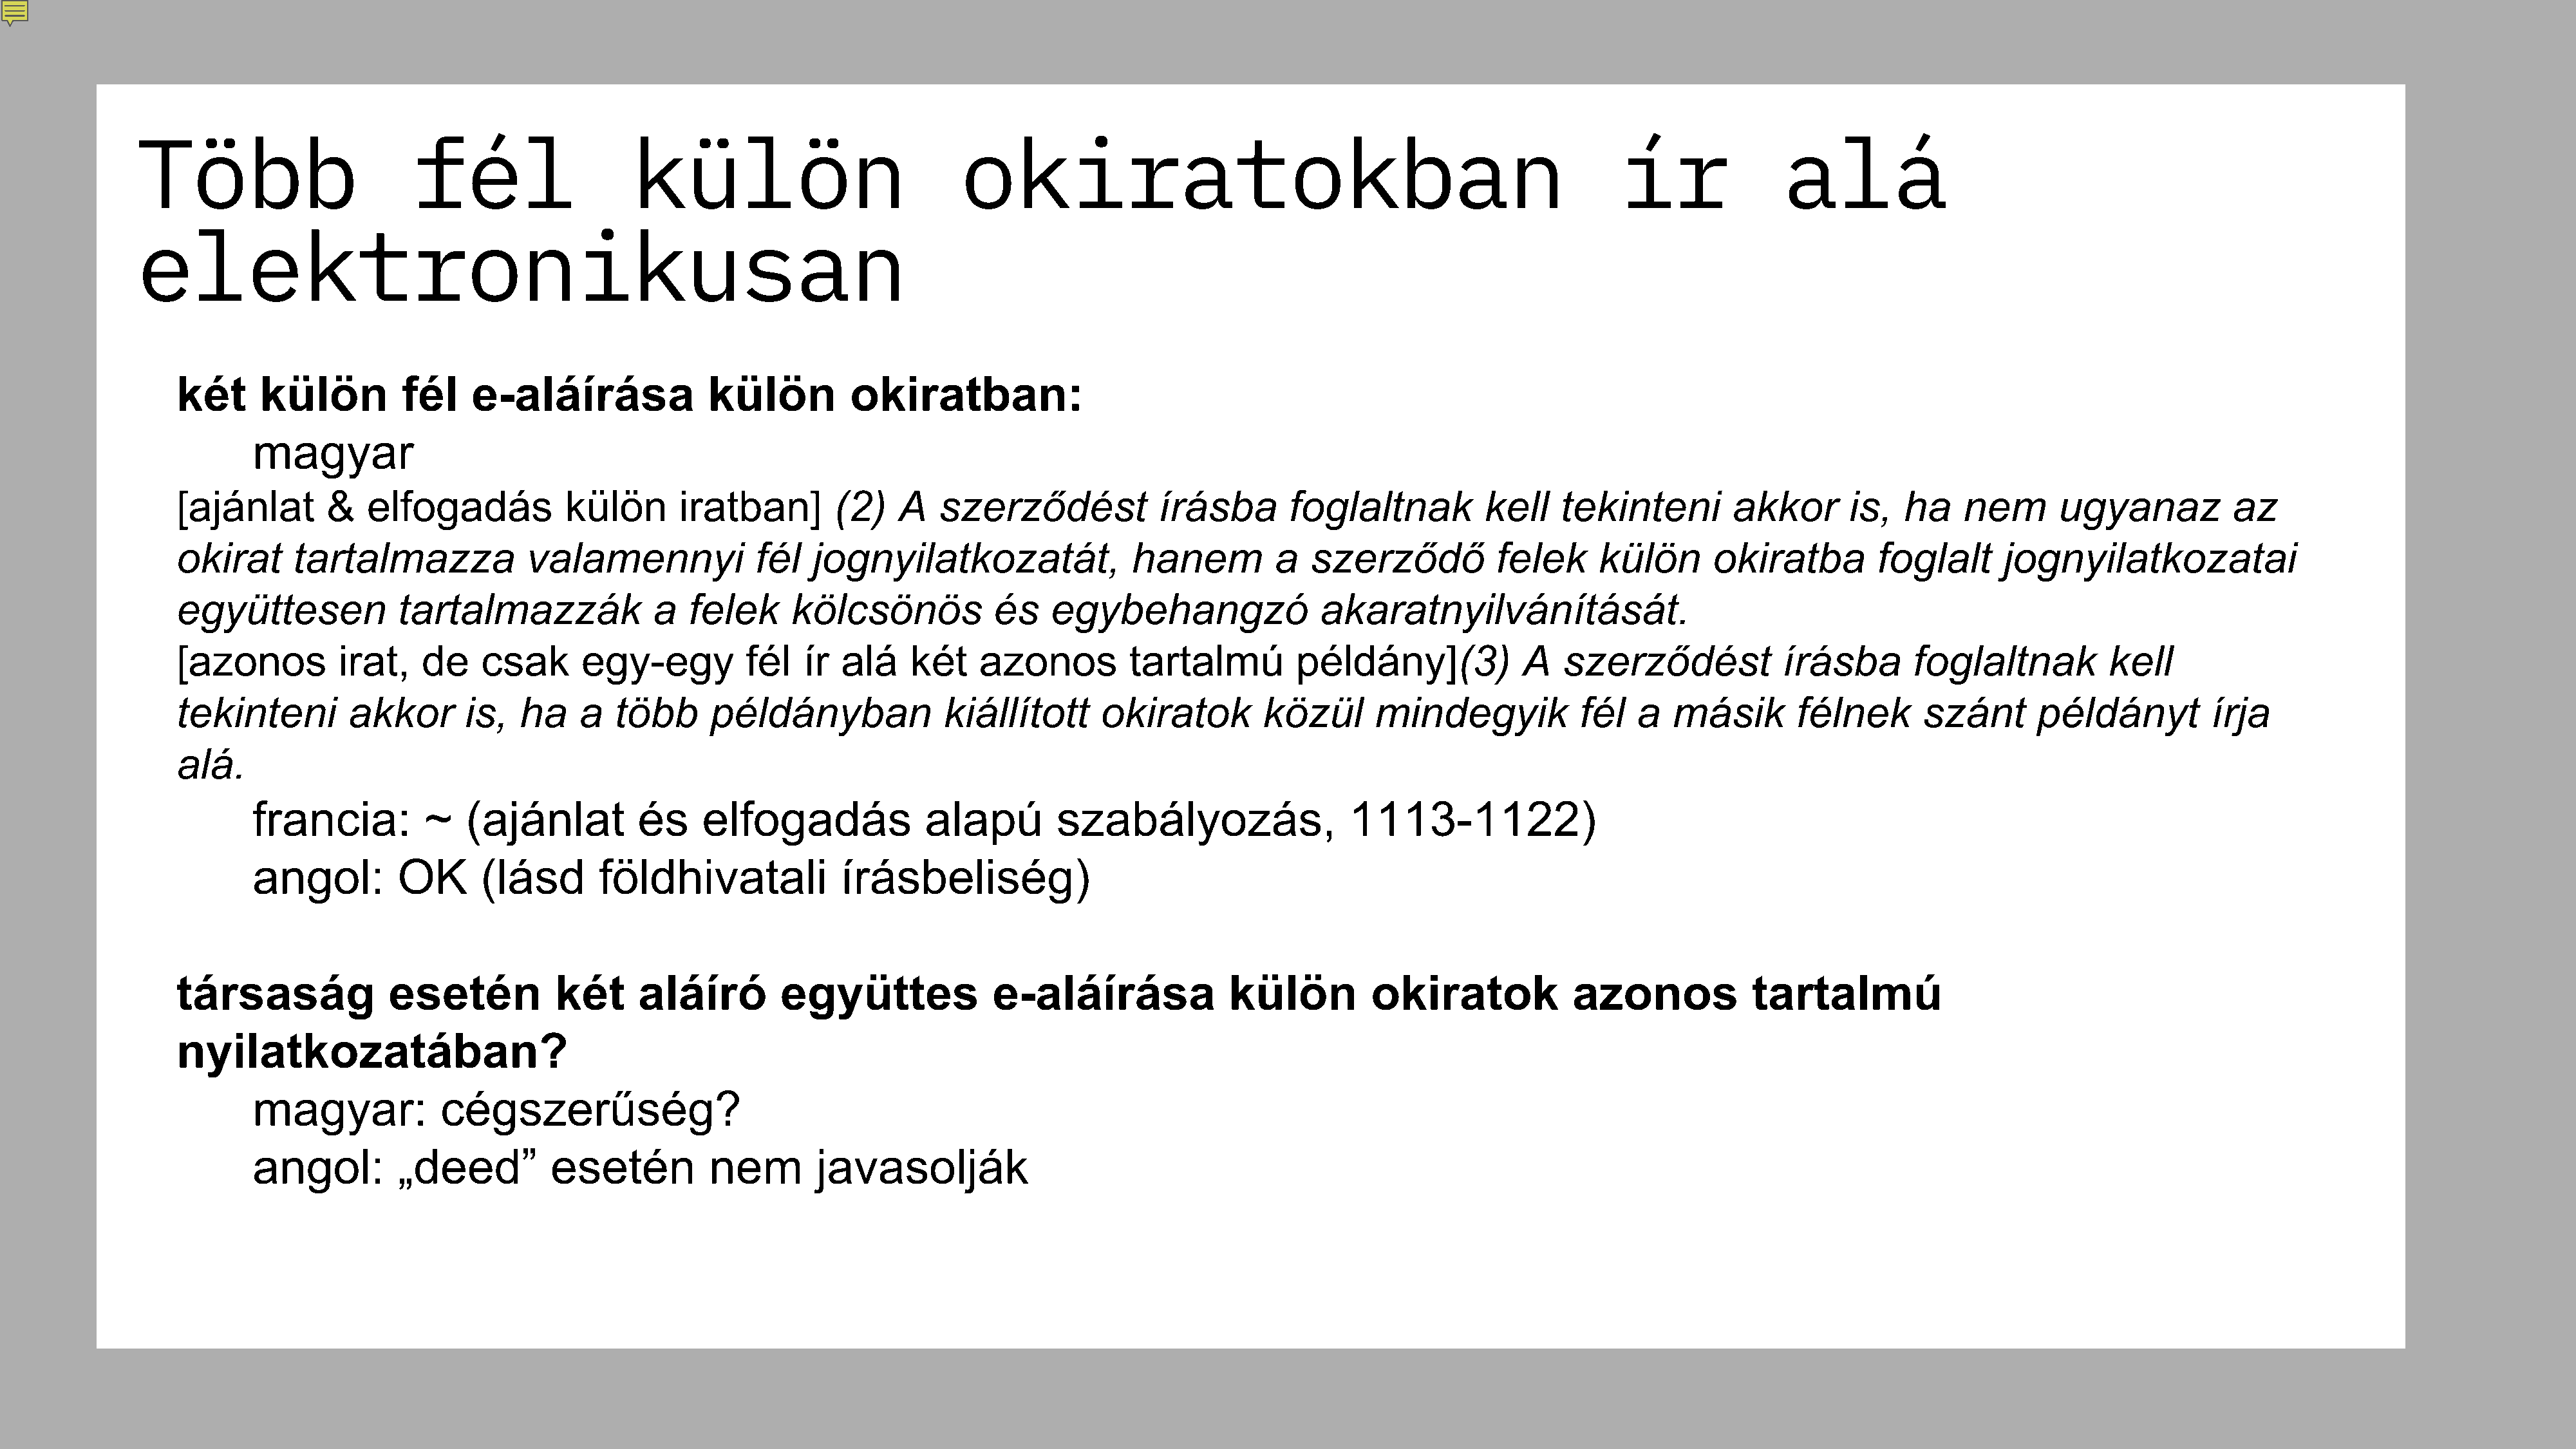
Több                        fél                    külön                             okiratokban                                                        ír               alá
 elektronikusan
 két      külön         fél    e-aláírása               külön         okiratban:
 magyar
 [ajánlat        &   elfogadás           külön       iratban]        (2)   A    szerződést            írásba       foglaltnak           kell   tekinteni         akkor       is,   ha    nem       ugyanaz          az
 okirat      tartalmazza             valamennyi              fél   jognyilatkozatát,               hanem          a   szerződő           felek     külön       okiratba         foglalt      jognyilatkozatai
 együttesen             tartalmazzák              a   felek     kölcsönös            és    egybehangzó                 akaratnyilvánítását.
 [azonos          irat,   de    csak       egy-egy          fél   ír alá     két    azonos         tartalmú         példány](3)            A    szerződést            írásba        foglaltnak          kell
 tekinteni         akkor       is,  ha     a  több      példányban              kiállított      okiratok         közül      mindegyik            fél   a   másik        félnek       szánt      példányt          írja
 alá.
 francia:          ~   (ajánlat          és    elfogadás              alapú         szabályozás,                  1113-1122)
 angol:         OK      (lásd        földhivatali            írásbeliség)
 társaság              esetén           két      aláíró        együttes              e-aláírása              külön          okiratok             azonos            tartalmú
 nyilatkozatában?
 magyar:            cégszerűség?
 angol:         „deed”          esetén          nem        javasolják